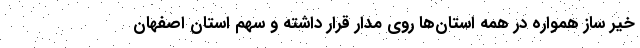
خیر ساز همواره در همه استان‌ها روی مدار قرار داشته و سهم استان اصفهان